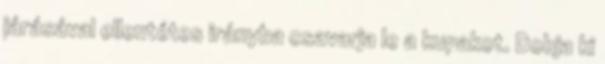
járásával ellentétes irányba csavarja le a kupakot. Dobja ki